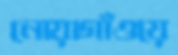
নোয়াগাঁওয়ে